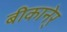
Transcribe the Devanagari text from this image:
बीकानेर्